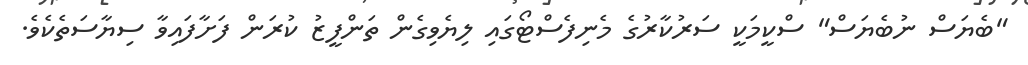
"ބެޔަސް ނުބެޔަސް" ސްކީމަކީ ސަރުކާރުގެ މެނިފެސްޓޯގައި ލިޔެވިގެން ތަންފީޒު ކުރަން ފަށާފައިވާ ސިޔާސަތެކެވެ.